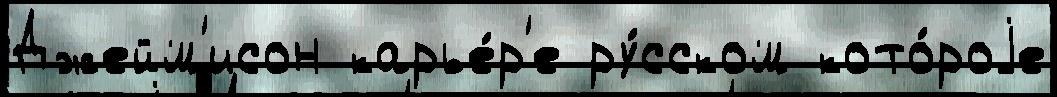
Джейм'исон карье́р'е ру́сском кото́роjе